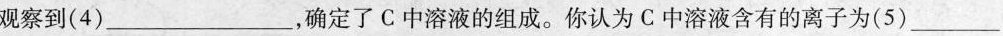
观察到(4)______，确定了C中溶液的组成。你认为C中溶液含有的离子为(5)_____。